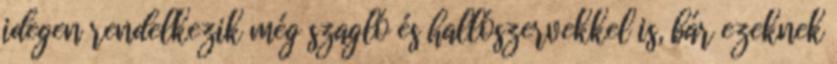
idegen rendelkezik még szagló és hallószervekkel is, bár ezeknek